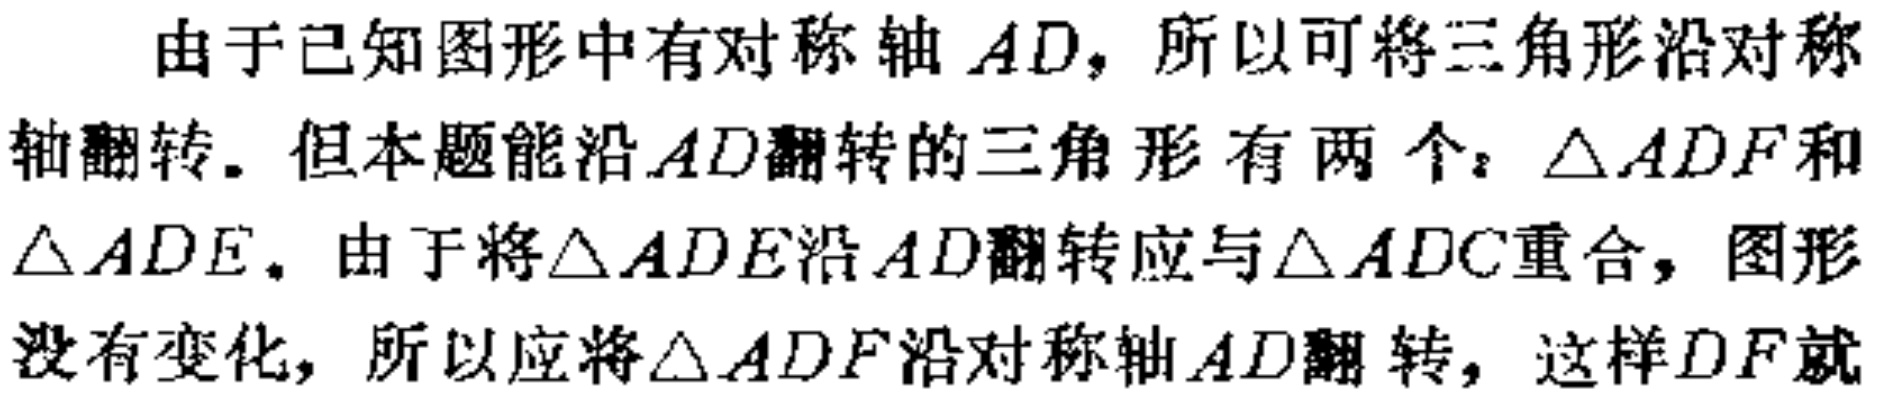
由于已知图形中有对称轴 \(AD\)，所以可将三角形沿对称轴翻转。但本题能沿 \(AD\)翻转的三角形有两个：\(\triangle ADF\)和\(\triangle ADE\)。由于将\(\triangle ADE\)沿 \(AD\)翻转应与\(\triangle ADC\)重合，图形没有变化，所以应将\(\triangle ADF\)沿对称轴 \(AD\)翻转，这样 \(DF\)就